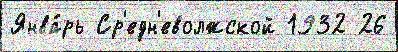
Янва́рь Ср'едн'еволжской 1932 26